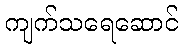
ကျက်သရေဆောင်